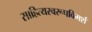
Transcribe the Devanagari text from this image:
साहित्यस्वरूपविमर्श